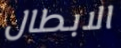
الابطال